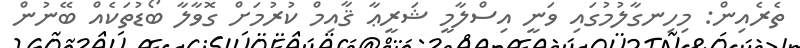
ތެރެއިން: މިހިނގާލުމުގައި ވަނީ އިސްލާމީ ޝަރީޢާ ޤާއިމް ކުރުމަށް ގޮވާލާ ބޯޑުތަކެއް ބޭނުން